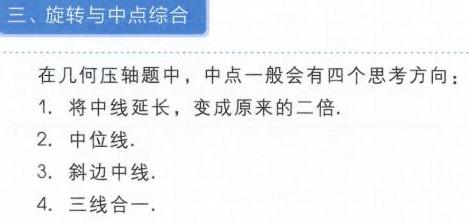
### 三、旋转与中点综合
在几何压轴题中，中点一般会有四个思考方向：
1. 将中线延长，变成原来的二倍.
2. 中位线.
3. 斜边中线.
4. 三线合一.